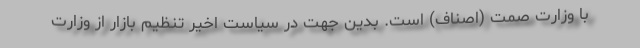
با وزارت صمت (اصناف) است. بدین جهت در سیاست اخیر تنظیم بازار از وزارت